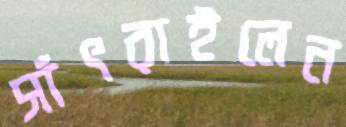
সাঁৎরাইলেন